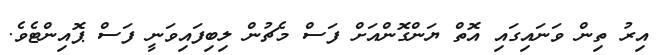
އިރު ތިން ވަނައިގައި އޮތް ޔަންގޮންއަށް ފަސް މެޗުން ލިބިފައިވަނީ ފަސް ޕޮއިންޓެވެ.